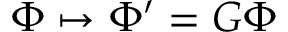
\ \Phi \mapsto \Phi ^ { \prime } = G \Phi